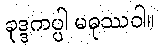
ခုဒ္ဒကပ္ပါ မဓုဿဝါ။